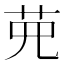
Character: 𦰋